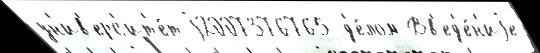
ун'ив'ерс'ит'е́т j2007376765 д'е́лом Вв'ед'е́н'иjе